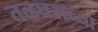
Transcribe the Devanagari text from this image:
तळघराच्या